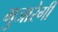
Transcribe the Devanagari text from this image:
गुजारेगी